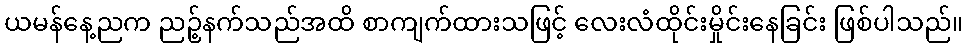
ယမန်နေ့ညက ညဉ့်နက်သည်အထိ စာကျက်ထားသဖြင့် လေးလံထိုင်းမှိုင်းနေခြင်း ဖြစ်ပါသည်။